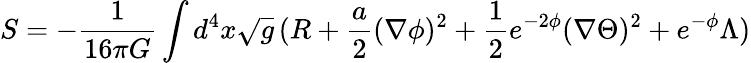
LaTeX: S=-\frac{1}{16\pi G}\int d^{4}x\sqrt{g}\, (R+\frac{a}{2}(\nabla\phi)^{2}+\frac{1}{2}e^{-2\phi}(\nabla\Theta)^{2}+e^{-\phi}\Lambda)